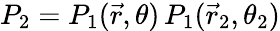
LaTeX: P_{2}=P_{1}(\vec{r},\theta)\, P_{1}(\vec{r}_{2},\theta_{2})